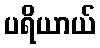
ပရိယာယ်